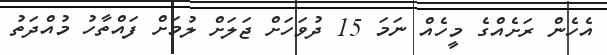
އެހެން ރަށެއްގެ މީހެއް ނަމަ 15 ދުވަހަށް ޖަލަށް ލުމަށް ފައްތާހު މުއްދަތު